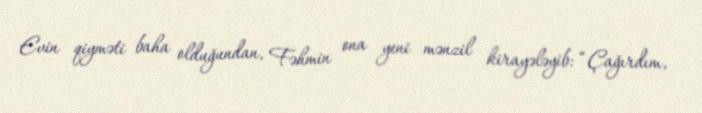
Evin qiyməti baha olduğundan, Fəhmin ona yeni mənzil kirayələyib: “Çağırdım,